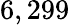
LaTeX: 6,299